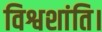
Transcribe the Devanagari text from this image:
विश्वशांति।